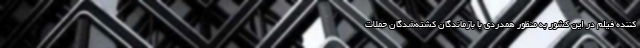
کننده فیلم در این کشور به منظور همدردی با بازماندگان کشته‌شدگان حملات